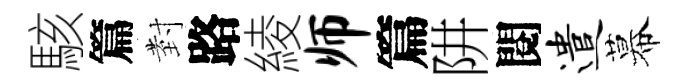
駭篇𭔹路綾师篇阱閱遣幕